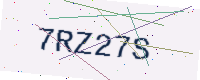
Text: 7RZ27S